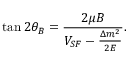
\tan 2 \theta _ { B } = \frac { 2 \mu B } { V _ { S F } - \frac { \Delta m ^ { 2 } } { 2 E } } .